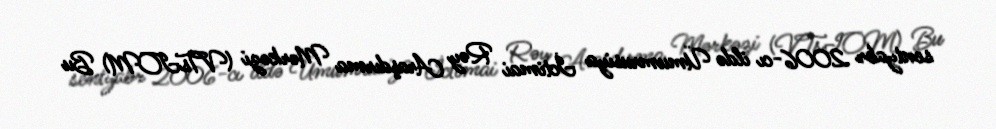
sentyabr 2006-cı ildə Ümumrusiya İctimai Rəy Araşdırma Mərkəzi (VTsIOM) Bu